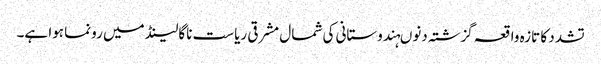
تشدد کا تازہ واقعہ گزشتہ دنوںہندوستانی کی شمال مشرقی ریاست ناگالینڈ میں رونما ہوا ہے۔